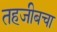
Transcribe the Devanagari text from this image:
तहजीबचा